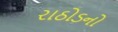
રાઠોડનો